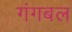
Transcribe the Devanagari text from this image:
गंगबल